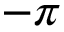
- \pi